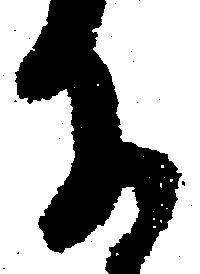
に